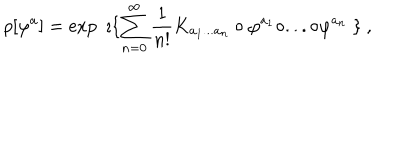
\rho [ \varphi ^ { a } ] = \exp \ \imath \{ \sum _ { n = 0 } ^ { \infty } \frac { 1 } { n ! } K _ { a _ { 1 } . . . a _ { n } } \circ \varphi ^ { a _ { 1 } } \circ . . . \circ \varphi ^ { a _ { n } } \ \} \ ,